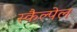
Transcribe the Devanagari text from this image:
स्कैल्पेल